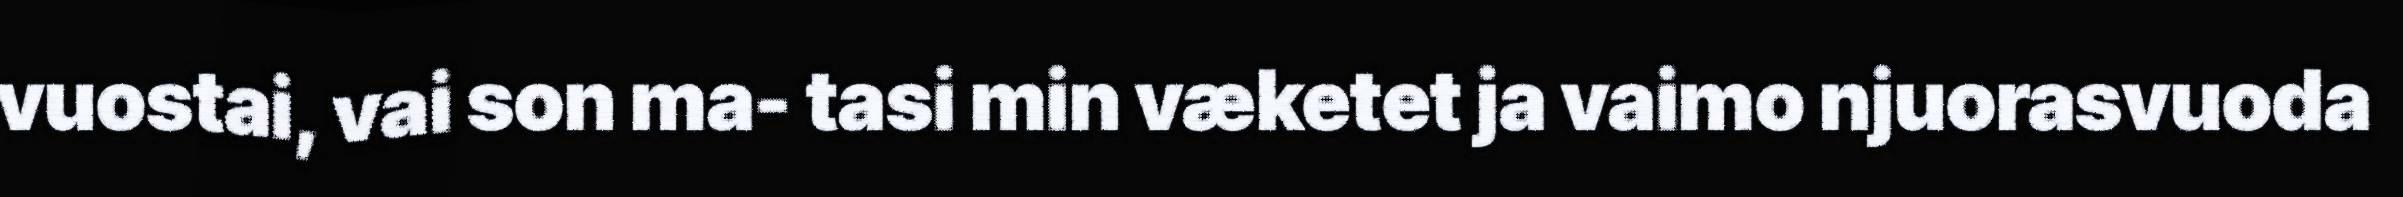
vuostai, vai son ma- tasi min væketet ja vaimo njuorasvuoda